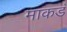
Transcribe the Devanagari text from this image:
माकडं